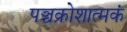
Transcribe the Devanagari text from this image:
पञ्चक्रोशात्मकं